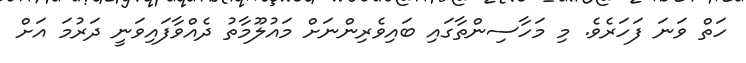
ހަތް ވަނަ ފަހަރެވެ. މި މަހާސިންތާގައި ބައިވެރިންނަށް މައުލޫމާތު ދެއްވާފައިވަނީ ދަރުމަ އަށް